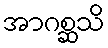
အာဂစ္ဆသိ